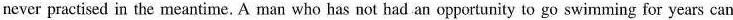
never practised in the meantime. A man who has not had an opportunity to go swimming for years can